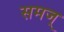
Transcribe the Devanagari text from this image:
समज्